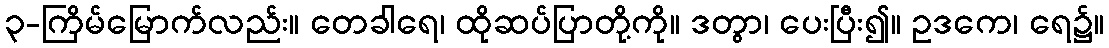
၃-ကြိမ်မြောက်လည်း။ တေခါရေ၊ ထိုဆပ်ပြာတို့ကို။ ဒတွာ၊ ပေးပြီး၍။ ဥဒကေ၊ ရေ၌။